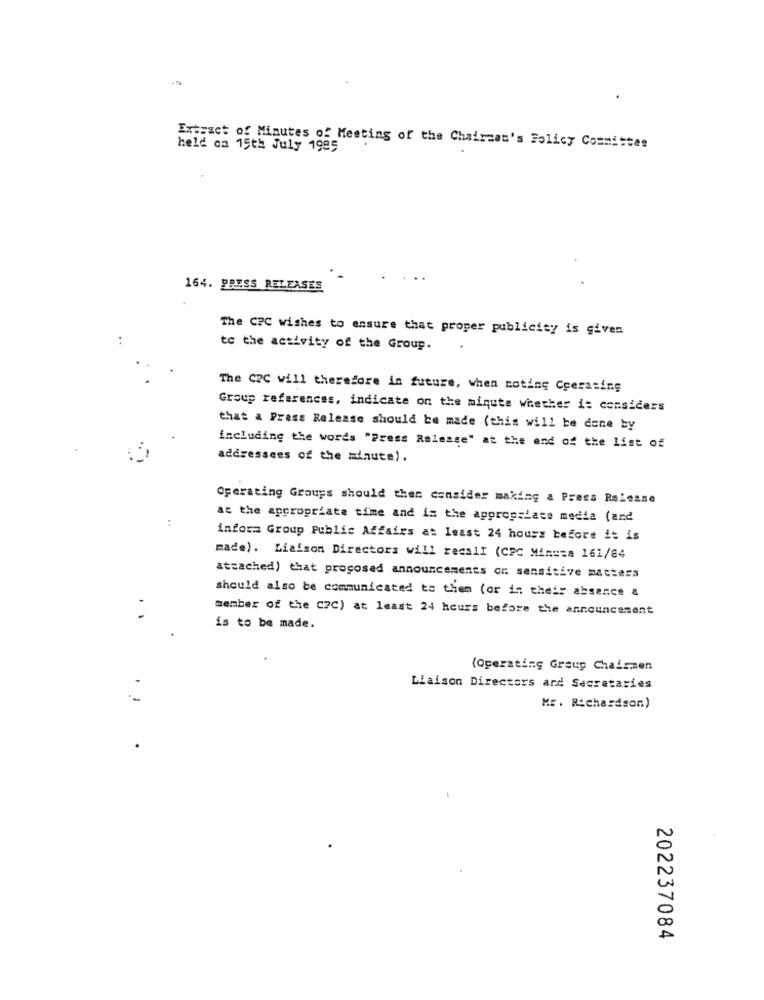
Extract of Minutes of Meeting of the Chairman's Folicy Committee
held on 15th July 1985
164. PRESS RELEASES
The CPC wishes to ensure that proper publicity is given
to the activity of the Group.
The CRC will therefore in future, when noting Ccerating
Group references, indicate on the minute whether it considers
that a Press Release should be made (this will be done by
including the words "Press Release" at the end of the list of
addressees of the minute).
Operating Groups should then consider making a Press Release
:
at the appropriate time and in the appropriate media (and
infosa Group Public Affairs at least 24 hours before it is
made). Liaison Directors will recair (CPC Minuta 161/84
attached) that proposed announcements on sensitive matters
should also be communicated to them (or in their absence &
member of the C?C) at least 24 hours before the announcement
.
is to be made.
(Operating Group Chairmen
Liaison Directors and Secretaries
Mr. Richardson)
202237084